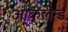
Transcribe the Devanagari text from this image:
आकलेन्ड